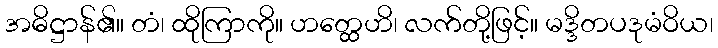
အဓိဋ္ဌာန်၏။ တံ၊ ထိုကြာကို။ ဟတ္ထေဟိ၊ လက်တို့ဖြင့်။ မဒ္ဒိတပဒုမံဝိယ၊